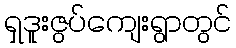
ရှဒူးဇွပ်ကျေးရွာတွင်